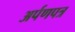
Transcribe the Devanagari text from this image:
अर्पणपत्र